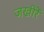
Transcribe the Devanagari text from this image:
जखीरें